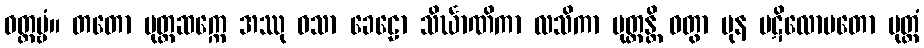
ဝတ္တဗ္ဗံ။ တတော မုတ္တဆက္ကေ အဿု ဝသာ ခေဠော သိင်္ဃာဏိကာ လသိကာ မုတ္တန္တိ ဝတွာ ပုန ပဋိလောမတော မုတ္တံ